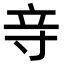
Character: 𮄧